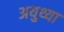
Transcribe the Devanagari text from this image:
अयुथ्या